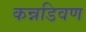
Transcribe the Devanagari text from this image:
कन्नडिवण